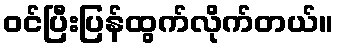
ဝင်ပြီးပြန်ထွက်လိုက်တယ်။